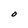
Character: O